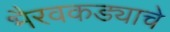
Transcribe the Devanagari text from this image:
भैरवकड्याचे